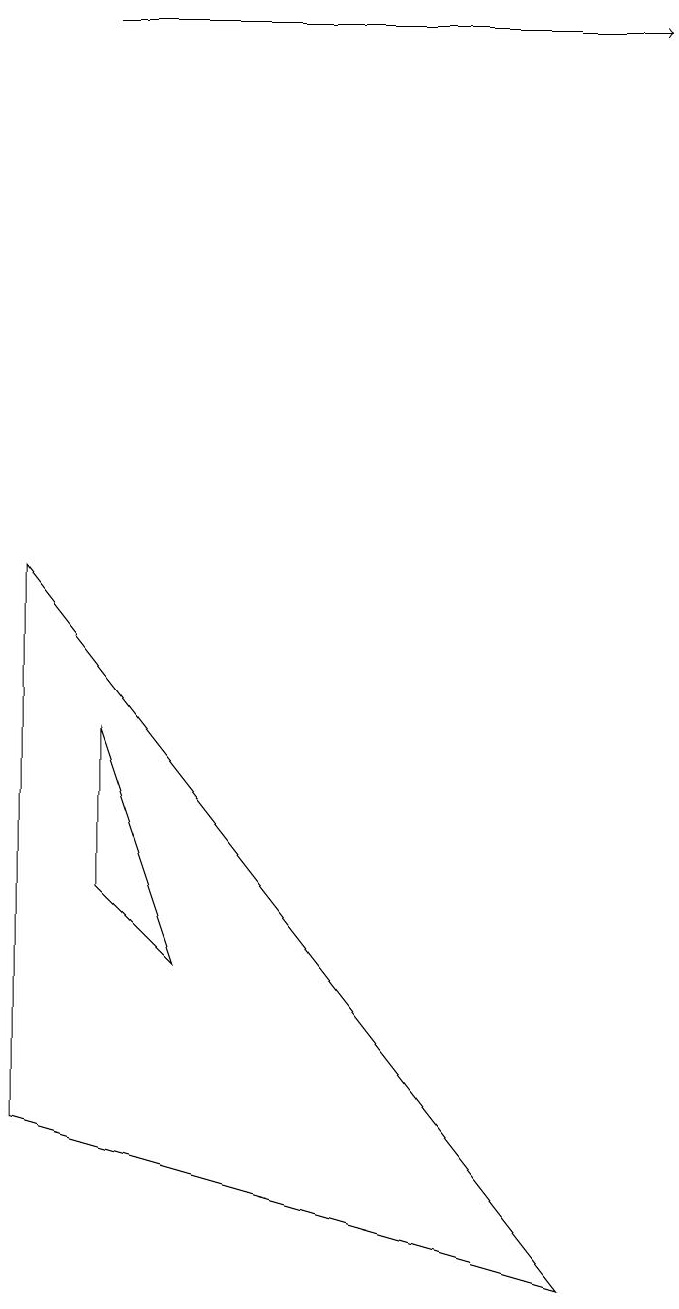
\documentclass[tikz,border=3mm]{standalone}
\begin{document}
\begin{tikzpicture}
\draw[->] (2,16) -- (9,16);
\draw (1,2) -- (1,9) -- (8,0) -- cycle;
\draw (2,5) -- (2,7) -- (3,4) -- cycle;
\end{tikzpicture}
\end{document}